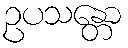
ဥပသန္တော